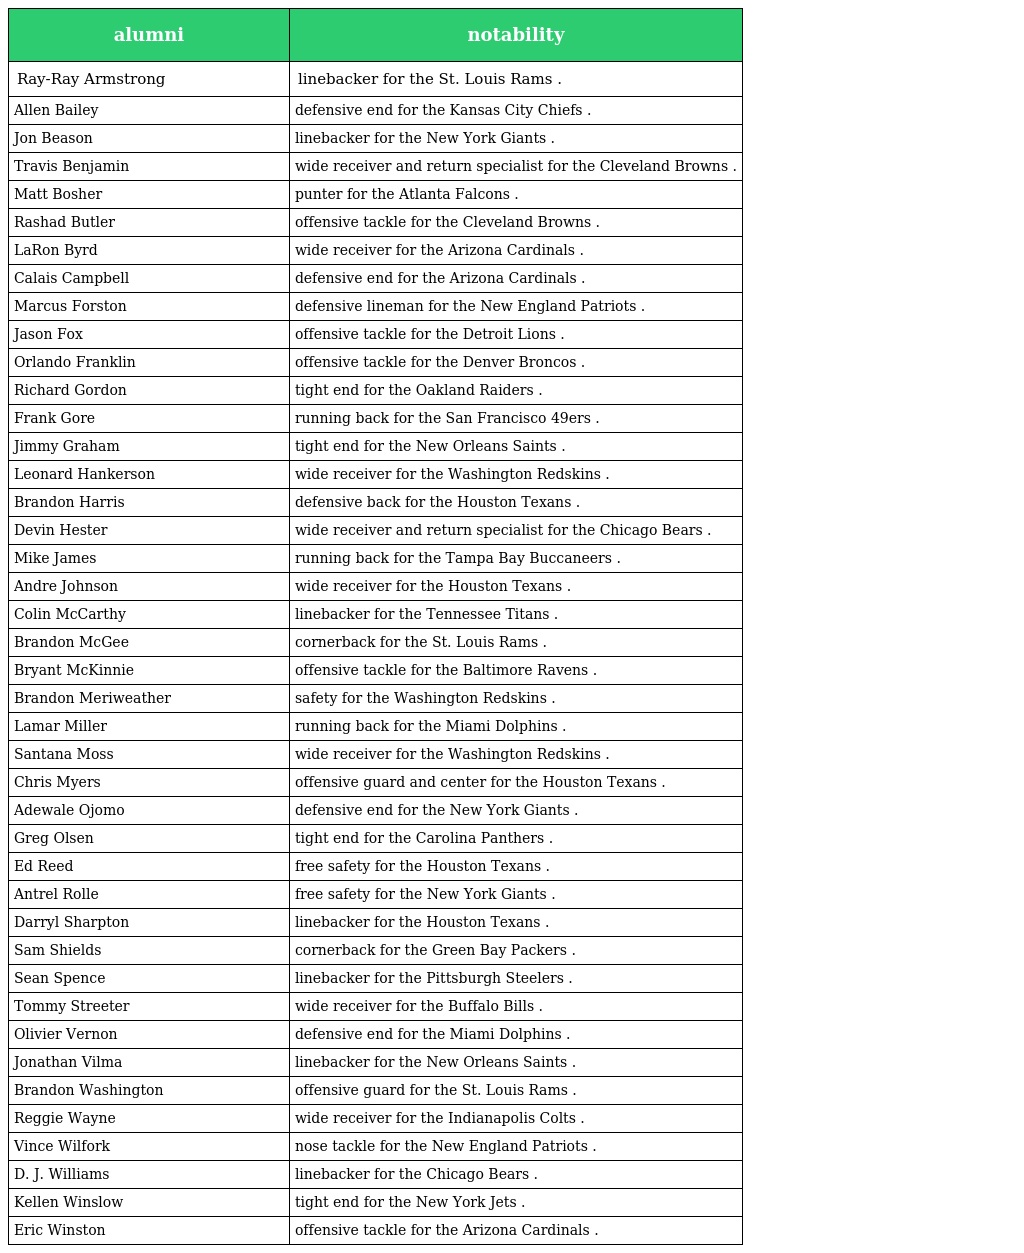
| alumni | notability |
 | --- | --- |
 | Ray-Ray Armstrong | linebacker for the St. Louis Rams . |
 | Allen Bailey | defensive end for the Kansas City Chiefs . |
 | Jon Beason | linebacker for the New York Giants . |
 | Travis Benjamin | wide receiver and return specialist for the Cleveland Browns . |
 | Matt Bosher | punter for the Atlanta Falcons . |
 | Rashad Butler | offensive tackle for the Cleveland Browns . |
 | LaRon Byrd | wide receiver for the Arizona Cardinals . |
 | Calais Campbell | defensive end for the Arizona Cardinals . |
 | Marcus Forston | defensive lineman for the New England Patriots . |
 | Jason Fox | offensive tackle for the Detroit Lions . |
 | Orlando Franklin | offensive tackle for the Denver Broncos . |
 | Richard Gordon | tight end for the Oakland Raiders . |
 | Frank Gore | running back for the San Francisco 49ers . |
 | Jimmy Graham | tight end for the New Orleans Saints . |
 | Leonard Hankerson | wide receiver for the Washington Redskins . |
 | Brandon Harris | defensive back for the Houston Texans . |
 | Devin Hester | wide receiver and return specialist for the Chicago Bears . |
 | Mike James | running back for the Tampa Bay Buccaneers . |
 | Andre Johnson | wide receiver for the Houston Texans . |
 | Colin McCarthy | linebacker for the Tennessee Titans . |
 | Brandon McGee | cornerback for the St. Louis Rams . |
 | Bryant McKinnie | offensive tackle for the Baltimore Ravens . |
 | Brandon Meriweather | safety for the Washington Redskins . |
 | Lamar Miller | running back for the Miami Dolphins . |
 | Santana Moss | wide receiver for the Washington Redskins . |
 | Chris Myers | offensive guard and center for the Houston Texans . |
 | Adewale Ojomo | defensive end for the New York Giants . |
 | Greg Olsen | tight end for the Carolina Panthers . |
 | Ed Reed | free safety for the Houston Texans . |
 | Antrel Rolle | free safety for the New York Giants . |
 | Darryl Sharpton | linebacker for the Houston Texans . |
 | Sam Shields | cornerback for the Green Bay Packers . |
 | Sean Spence | linebacker for the Pittsburgh Steelers . |
 | Tommy Streeter | wide receiver for the Buffalo Bills . |
 | Olivier Vernon | defensive end for the Miami Dolphins . |
 | Jonathan Vilma | linebacker for the New Orleans Saints . |
 | Brandon Washington | offensive guard for the St. Louis Rams . |
 | Reggie Wayne | wide receiver for the Indianapolis Colts . |
 | Vince Wilfork | nose tackle for the New England Patriots . |
 | D. J. Williams | linebacker for the Chicago Bears . |
 | Kellen Winslow | tight end for the New York Jets . |
 | Eric Winston | offensive tackle for the Arizona Cardinals . |